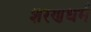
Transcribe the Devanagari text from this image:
शरणधर्म